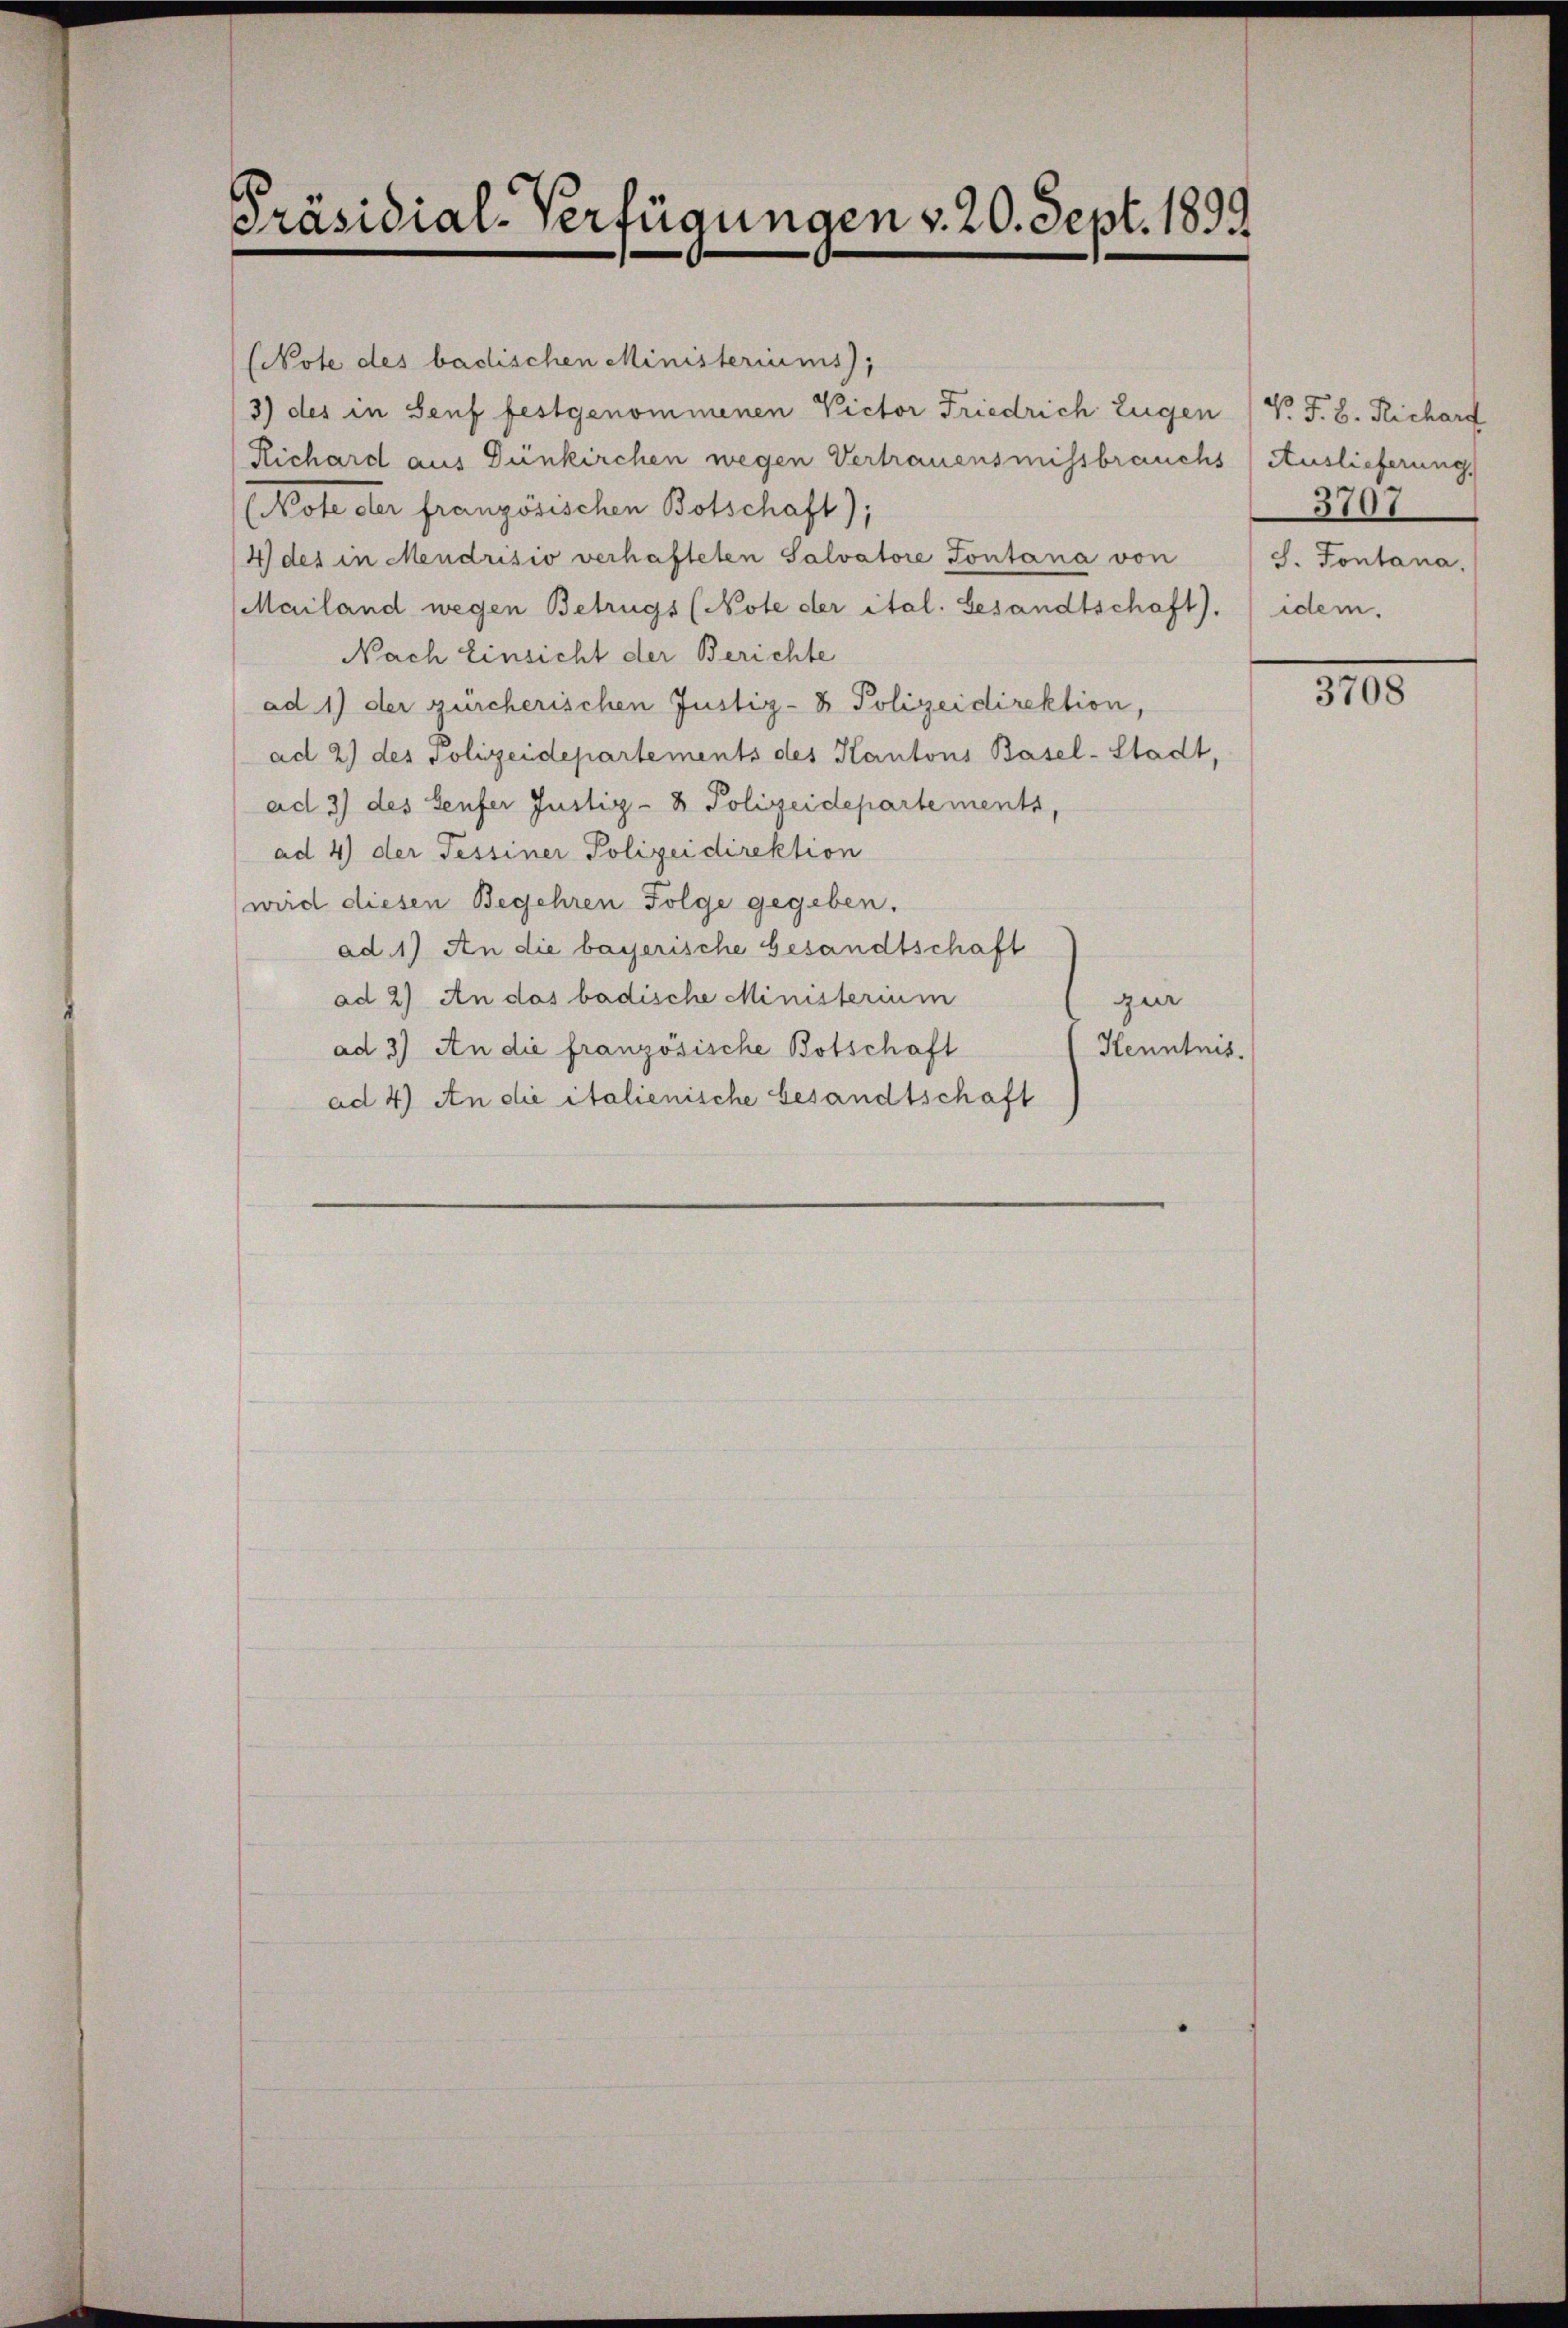
Präsidial-Verfügungen v. 20. Sept. 1899

(Note des badischen Ministeriums,
3) des in Senf festgenommenen Victor Friedrich Eugen (V. J. B. Richarf
Richard aus Dünkirchen wegen Vertrauensmissbrauchs Auslieferung,
(Note der französischen Botschaft);
4 des in Mendrisio verhafteten Salvatore Pontana von
Mailand wegen Betrugs (Note der ital. Gesandtschaft).
Nach Einsicht der Berichte

ad 1) der zürcherischen Justiz- & Polizeidirektion,
ad 2) des Polizeidepartements des Kantons Basel-Stadt,
ad 3) des Senfer Justiz- & Polizeidepartements,
ad 4) der Tessiner Polizeidirektion
wird diesen Begehren Folge gegeben.
ad. 1) An die bayerische Gesandtschaft
ad 2) An das badische Ministerium
gur
ad 3) An die französische Botschaft
Henntnis.
ad 4) An die italienische besandtschaft

3707
S. Fontana,
idem.

3708